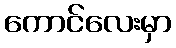
ကောင်လေးမှာ